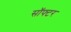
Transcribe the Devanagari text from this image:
सॉफ्टर